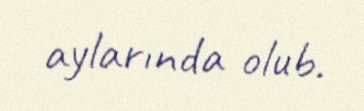
aylarında olub.